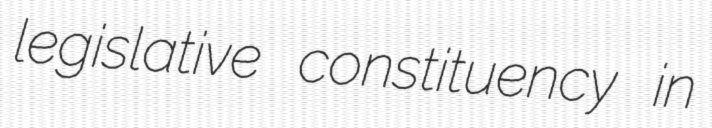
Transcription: legislative constituency in